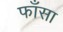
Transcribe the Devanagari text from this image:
फाँसा